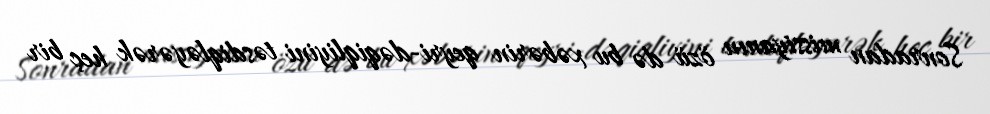
Sonradan missiyanın özü də bu xəbərin qeyri-dəqiqliyini təsdiqləyərək heç bir